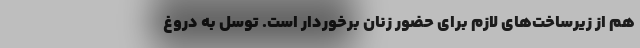
هم از زیرساخت‌های لازم برای حضور زنان برخوردار است. توسل به دروغ